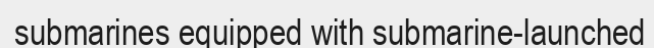
submarines equipped with submarine-launched